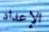
الإعداد